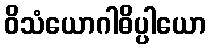
ဝိသံယောဂါဓိပ္ပါယော